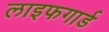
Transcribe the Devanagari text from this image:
लाइफगार्ड